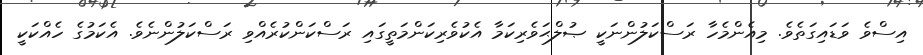
އިސްވެ ވަޑައިގަތެވެ. މިއެންމެހާ ރަސްކަލުންނަކީ ޞުލްޙަވެރިކަމާ އެކުވެރިކަންމަތީގައި ރަސްކަންކުރެއްވި ރަސްކަލުންނެވެ. އެކަމުގެ ހެއްކަކީ